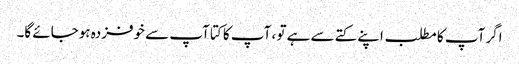
اگر آپ کا مطلب اپنے کتے سے ہے تو ، آپ کا کتا آپ سے خوفزدہ ہوجائے گا۔